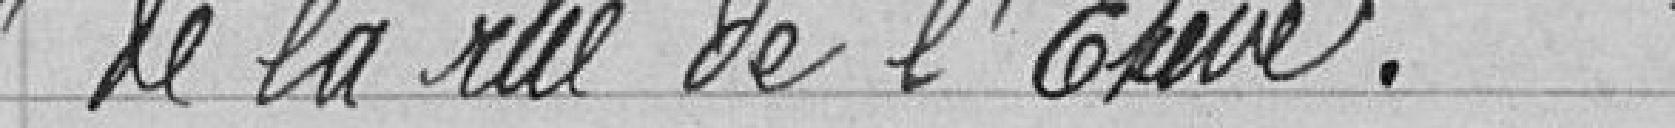
" de la rue de l'Eleve".